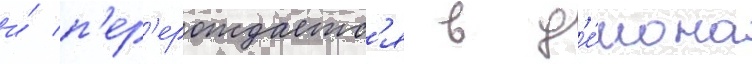
и́ п'ер'ерождаетс'я в д'е́мона